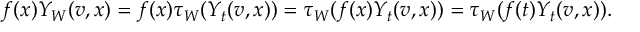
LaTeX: f ( x ) Y _ { W } ( v , x ) = f ( x ) \tau _ { W } ( Y _ { t } ( v , x ) ) = \tau _ { W } ( f ( x ) Y _ { t } ( v , x ) ) = \tau _ { W } ( f ( t ) Y _ { t } ( v , x ) ) .